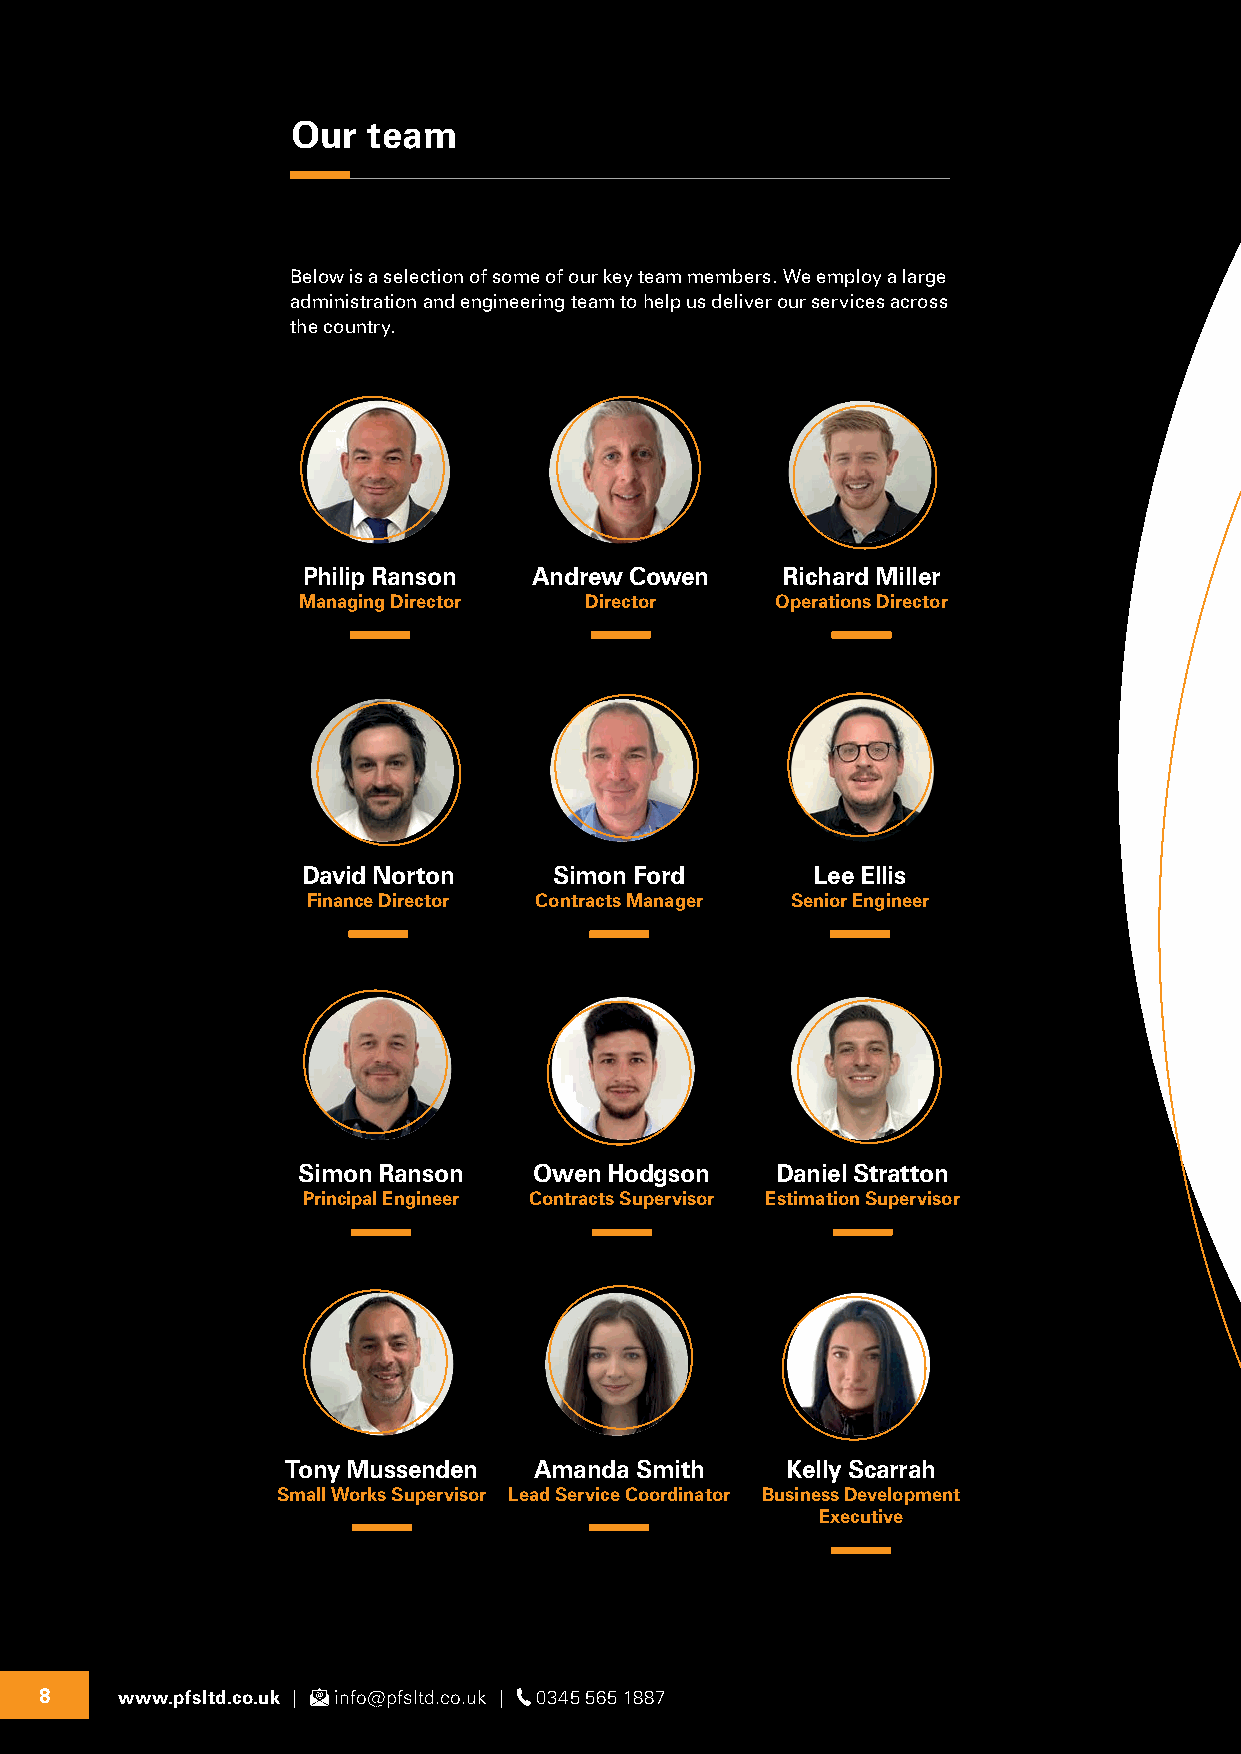
Our  team
 Below is a selection of some of our key team members. We employ a large
 administration and engineering team to help us deliver our services across
 the country.
 Philip Ranson  Andrew Cowen     Richard Miller
 Managing Director  Director    Operations Director
 David Norton     Simon Ford       Lee Ellis
 Finance Director Contracts Manager Senior Engineer
 Simon Ranson   Owen Hodgson    Daniel Stratton
 Principal Engineer Contracts Supervisor Estimation Supervisor
 Tony Mussenden  Amanda Smith     Kelly Scarrah
 Small Works Supervisor Lead Service Coordinator Business Development
 Executive
 8    www.pfsltd.co.uk | info@pfsltd.co.uk | 0345 565 1887